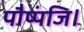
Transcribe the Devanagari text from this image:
पौष्पंजि।